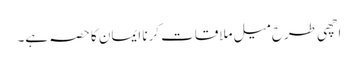
اچھی طرح میل ملاقات کرنا ایمان کا حصہ ہے۔